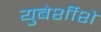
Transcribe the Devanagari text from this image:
युबेर्शीशे